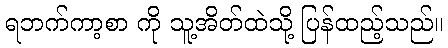
ရဘက်ကာ့စာ ကို သူ့အိတ်ထဲသို့ ပြန်ထည့်သည်။